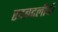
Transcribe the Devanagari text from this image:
रदबदलीची